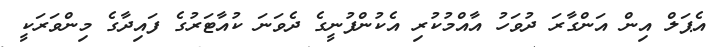
އެޕަލް އިން އަންގާރަ ދުވަހު އާއްމުކުރި އެކުންފުނީގެ ދެވަނަ ކުއާޓަރުގެ ފައިދާގެ މިންވަރަކީ